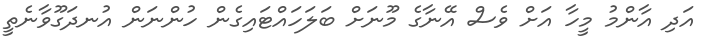
އަދި އާންމު މީހާ އަށް ވެސް އޭނާގެ މޫނަށް ބަލަހައްޓައިގެން ހުންނަން އުނދަގޫވާނެތީ